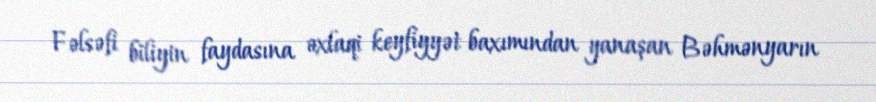
Fəlsəfi biliyin faydasına əxlaqi keyfiyyət baxımından yanaşan Bəhmənyarın